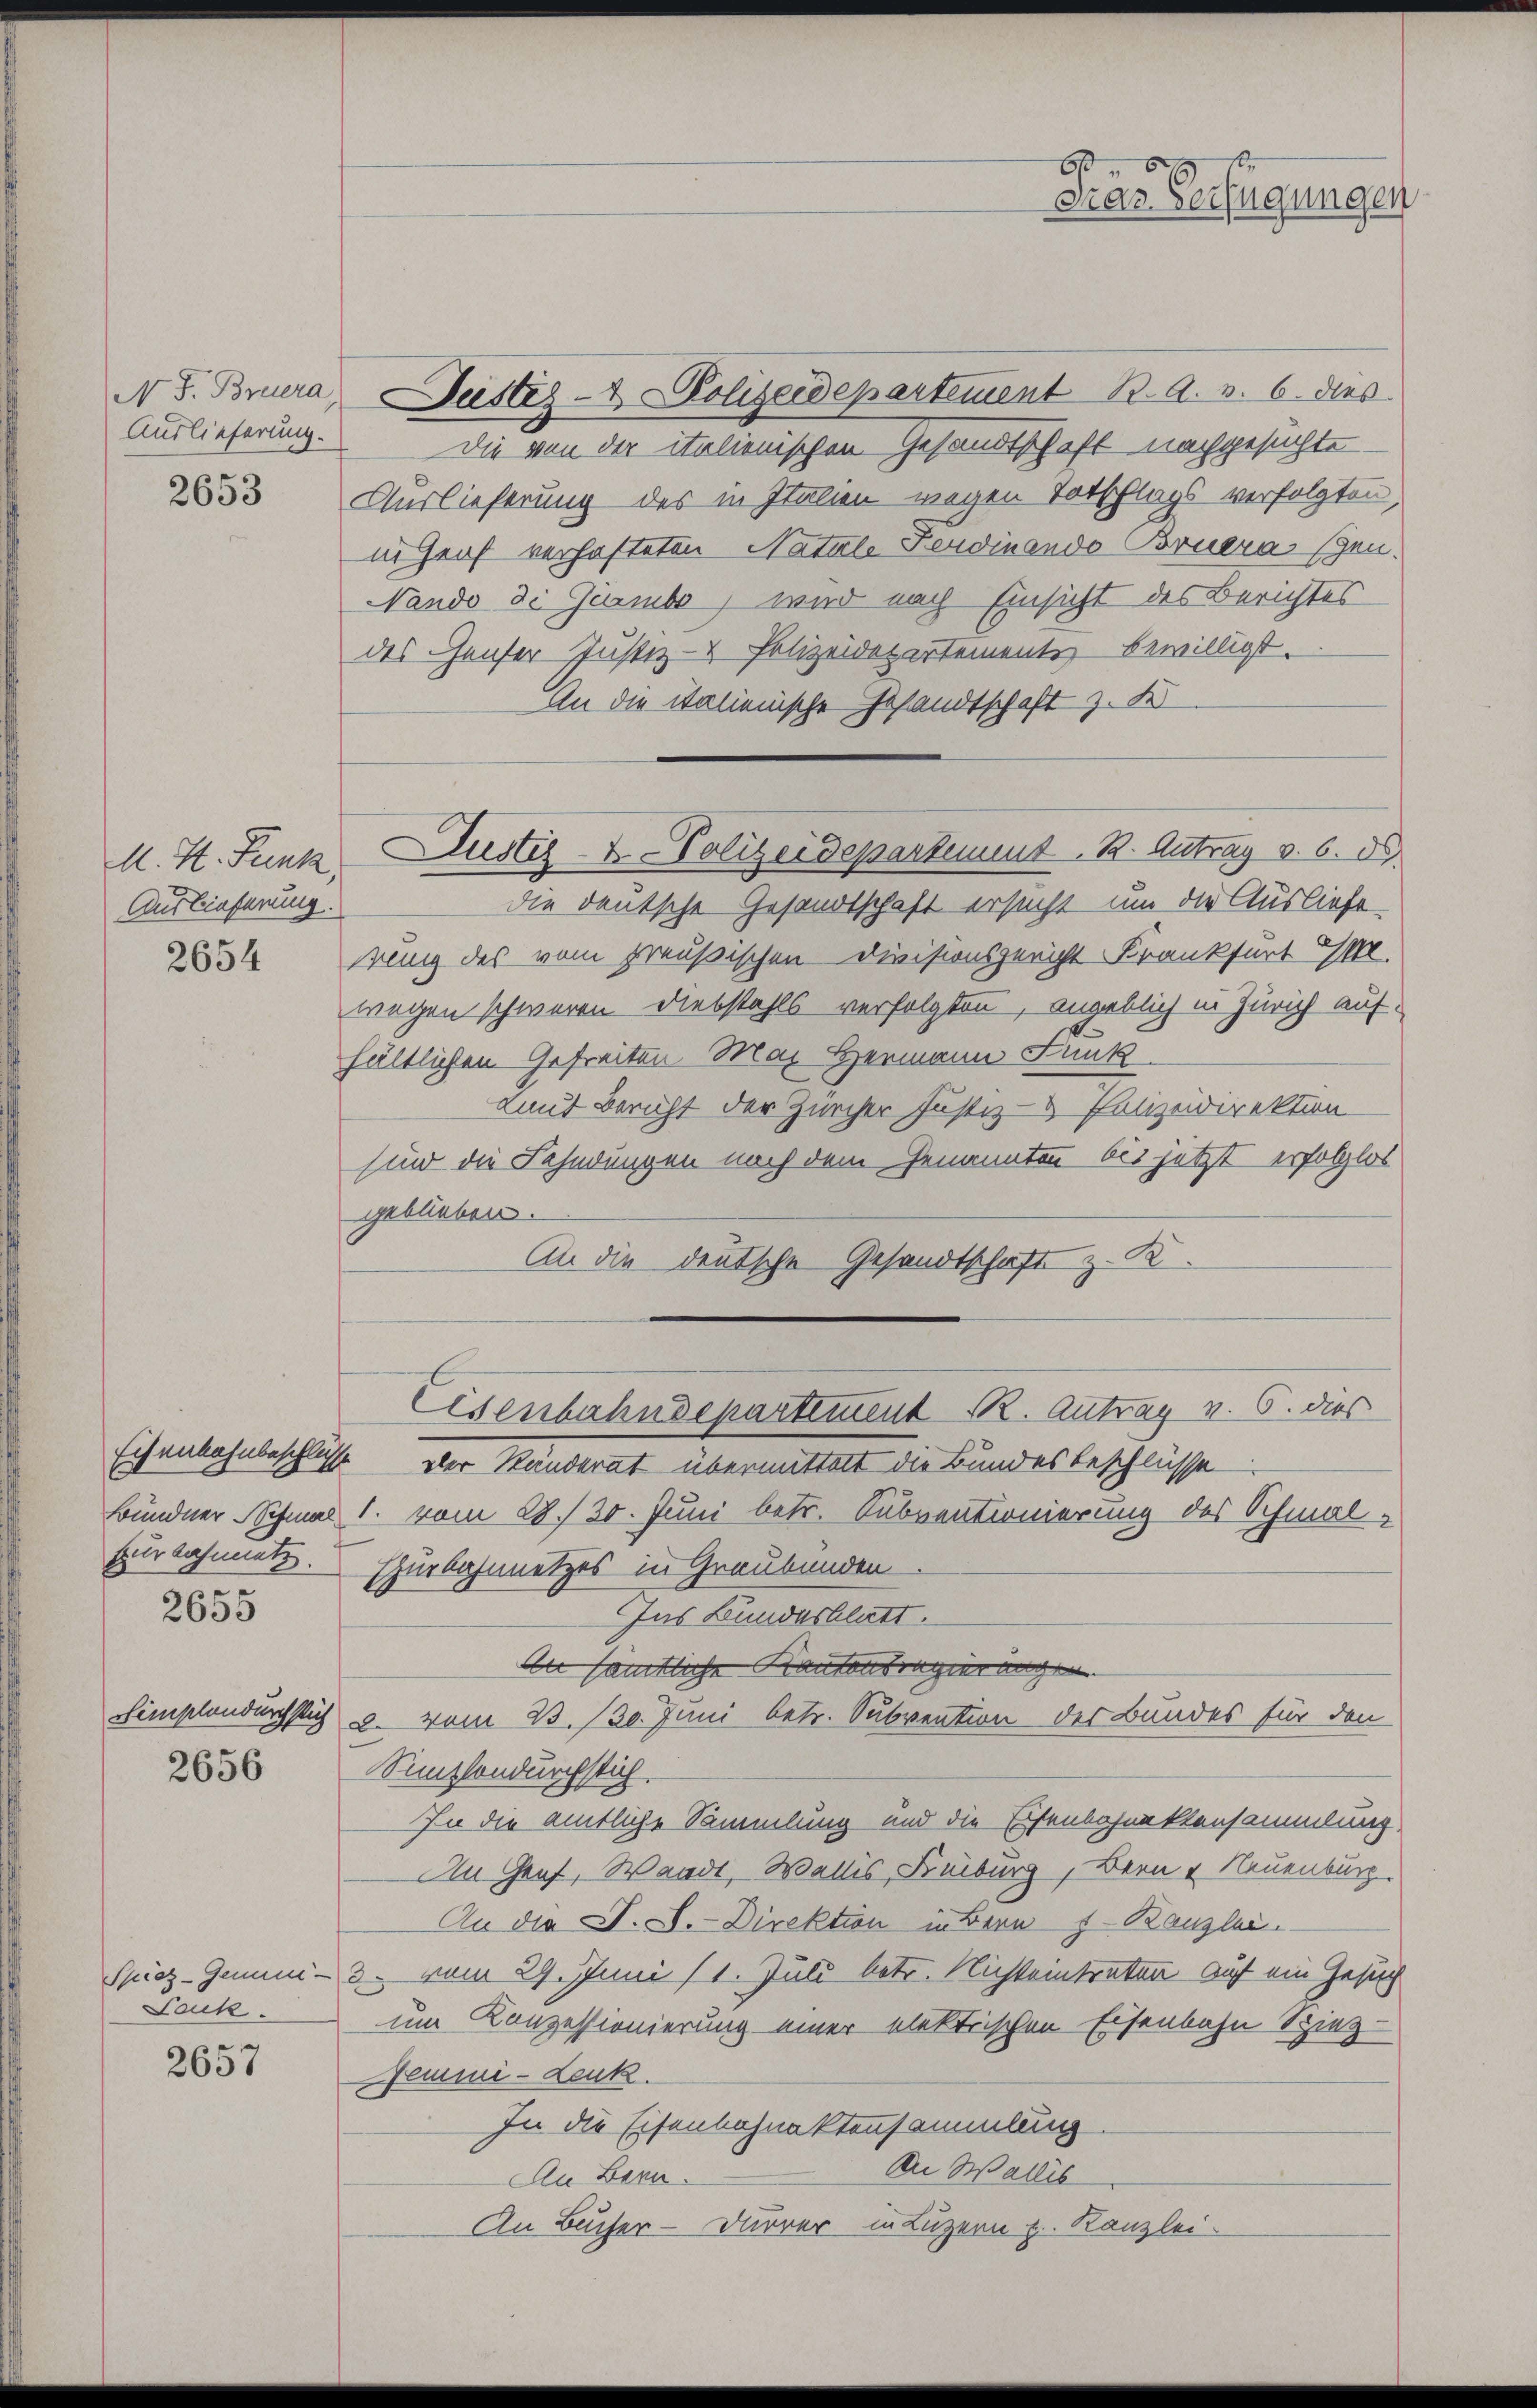
Auslieferung.

2653

A. H. Punk,
Auslieferung.

2654

Er Rahmetz.
x

2655

remplandurchsich

2656

Spiez-Gemein¬
Leuk

2657

N S. Bruera, Justiz- & Polizeidepartement B. A. v. 6. dies
Die von der italienischen Gesandtschaft nachgesuchte
Auslieferung des in Italien wegen Totschlags verfolgten,
in Genf verhafteten Natale Ferdinando Bruera schen.
Nando di Gurmbo, wird nach Einsicht des Berichtes
des Hauser Justiz- & Polizeidepartements bewilligt.
An die italienische Gesandtschaft z. K
die deutsche Gesandtschaft ersucht um die Ausliefe,
wung des vom preußischen Divisionsgericht Krankfurt ¼
wegen schweren Diebstahls verfolgten, angeblich in Zürich auf
hältlichen Gefreiten Max Hermann Junk
Kmit Bericht der Zürcher Justiz- & Panizeidirektion
sind die Fahndungen nach dem Genannten bis jetzt erfolglos
geblieben.
An die deutsche Gesandtschaft z. K.
Eisenbahndepartement R. Antrag v. 6. dies
Schenbahnbeschlüsse der Ständerat übermittelt die Bundesbeschlüsse
Bündner Schmal 1. vom 28. 30. Juni betr. Subventionierung des Schmal¬
Hurbahnnetzes in Graubünden.
Ins Bundesblatt.
An sämtliche Kantonsregierungen
2. vom 23. 130. Juni betr. Subvention des Bundes für den
Simplondurchstich.
In die amtliche Sammlung und die Eisenbahnaktensammlung.
An Genf, Waadt, Wallis, Freiburg, Bern & Neuenburg.
An die S. S.- Direktion in Bern 1. Banzlei.
3. vom 29. Juni /1. Juli betr. Nichteintraten auf ein Gesuch
um Konzessionierung einer elektrischen Eisenbahn Spiez-
Demmi - Leuk.
In die Eisenbahnaktensammlung
An Wallis
An Bern.
An Bucher-Durrer in Luzern z. Kanzlei-

Justiz- & Polizeidepartement. B. Antrag v. 6. ds.

66
Dras Verfügungen